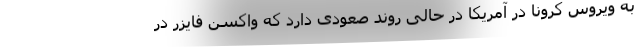
به ویروس کرونا در آمریکا در حالی روند صعودی دارد که واکسن فایزر در